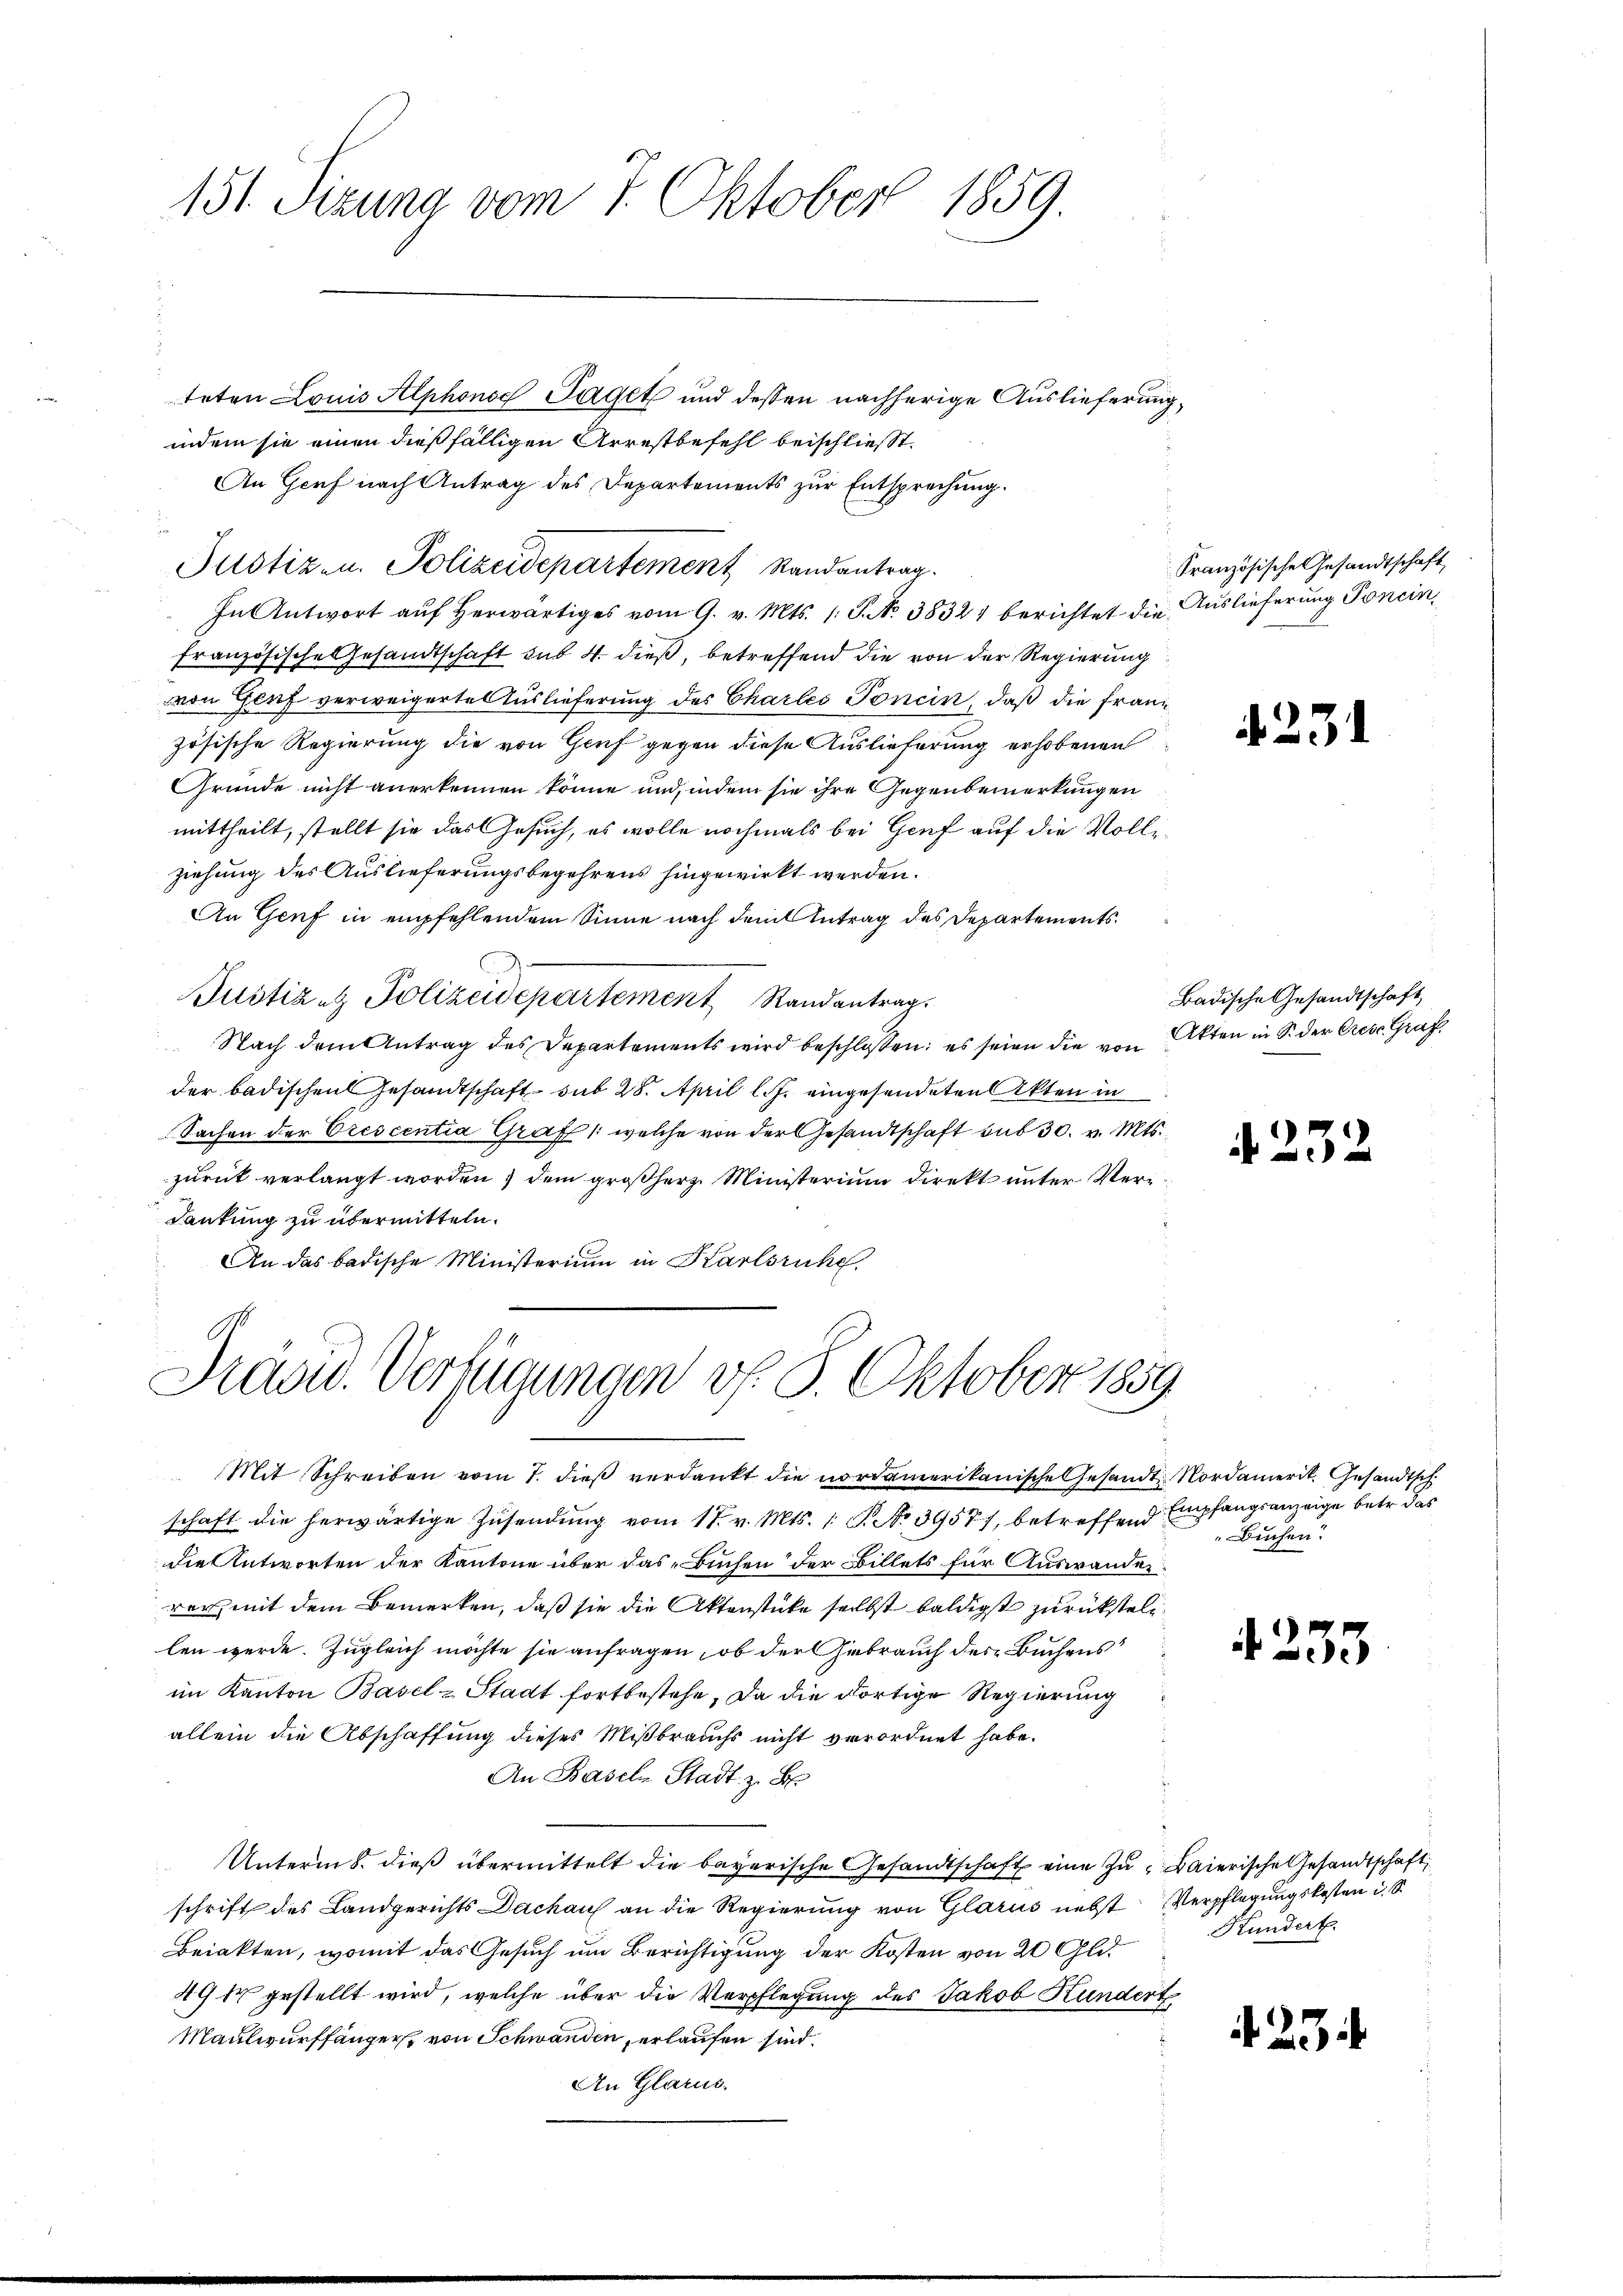
151. Sizung vom 1. Oktober 1859.

teten Louis Alphons Taget und dessen nachherige Auslieferung,
indem sie einen dießfälligen Arrestbefehl beischließt:
An Genf nach Antrag des Departements zur Entsprechung.
In Antwort auf herwärtiges vom 9. v. Mts. (: P. No 38321 berichtet die Auslieferung Poneinfranzösische Gesandtschaft sub. 4. dieß, betreffend die von der Regierung
von Genf verweigerte Auslieferung des Charleo Tonein, daß die Franz
zösische Regierung die von Genf gegen diese Auslieferung erhobenen
Gründe nicht anerkennen könne und, indem sie ihre Gegenbemerkungen
mittheilt, stellt sie das Gesuch, es wolle nochmals bei Genf auf die Volleziehung des Auslieferungsbegehrens hingewirkt werden.
An Genf in empfehlendem Sinne nach dem Antrag des Departements¬
Justizen Polizeidepartement Randantrag.
 Nach dem Antrag des Departements wird beschlossen: es seien die von Akten in S. der Crese Graf
der badischen Gesandtschaft sub 28. April l. J. eingesendeten Akten in
Sachen der Orescentia Graf /: welche von der Gesandtschaft bis 30. v. Mts.
zurück verlangt worden, dem großherz Ministerium direkt unter Ver¬
Dankung zu übermitteln.
An das badische Ministerium in Karlsruhe,

Justiz- u. Polizeidepartement Randantrag.

Mit Schreiben vom 7. dieß verdankt die nordamerikanische Gesandt Nordamerik. Gesandtsch.
schaft die herwärtige Zusendung vom 17. v. Mts. 1 S. No 39571, betreffend Empfangsanzeige betr. das
die Antworten der Kantone über das Buchen der Billets für Auswander
rer, mit dem Bemerken, daß sie die Aktenstücke selbst baldigst zurückstell
len werde. Zugleich möchte sie anfragen, ob der Gebrauch des Buchens
im Kanton Basel-Stadt fortbestehe, da die dortige Regierung
allein die Abschaffung dieses Mißbrauchs nicht verordnet habe.
An Basel Stadt z. B.
Unterm 8. dieß übermittelt die bayerische Gesandtschaft eine zu Baierische Gesandtschaft
schrift des Landgerichts Dachaus an die Regierung von Glarus nebst Verpflegungskosten u. S.
Briakten, womit das Gesuch um Berichtigung der Kosten von 20 Glit
49 ir gestellt wird, welche über die Verpflegung des Jakob Kundert
Maulwurffänger von Schwanden, erlaufen sind.
An Glarus.

Präsid. Verfügungen v. 5. Oktober 1859

Französische Gesandtschaft

23

Badische Gesandtschaft

A 232

Buchen.

4. 235

Hundert.

25